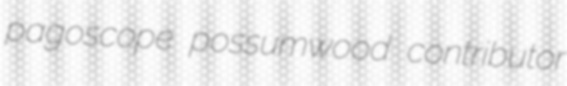
pagoscope possumwood contributor